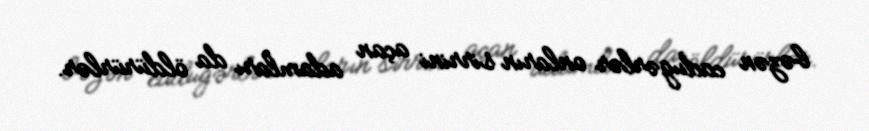
bəzən cadugərlər onların sirrini açan adamları da öldürürlər.